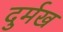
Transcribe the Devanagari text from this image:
दुर्मख